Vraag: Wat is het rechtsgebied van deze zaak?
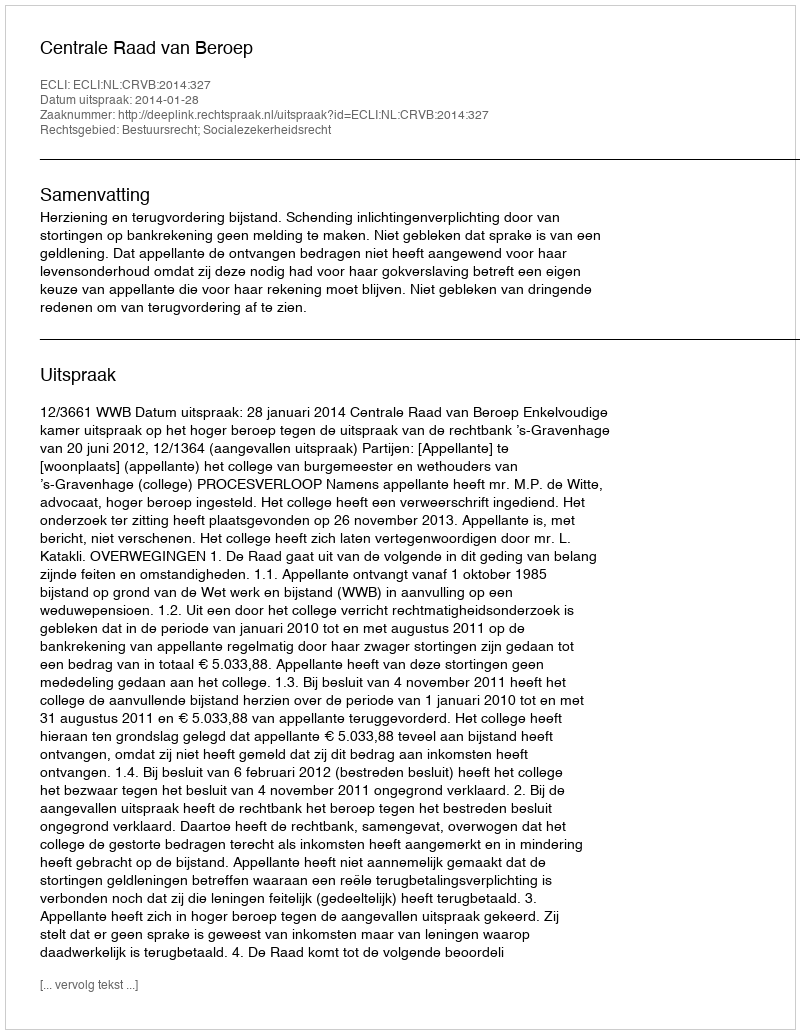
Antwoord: Bestuursrecht; Socialezekerheidsrecht